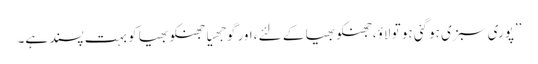
’’پوری سبزی ہوگئی ہو تو لاؤ،جھنکو بھیا کے لئے ،اور گوجھیا جھنکو بھیا کو بہت پسند ہے۔